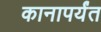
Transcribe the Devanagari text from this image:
कानापर्यंत